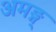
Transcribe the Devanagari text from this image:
अमङ्ग्